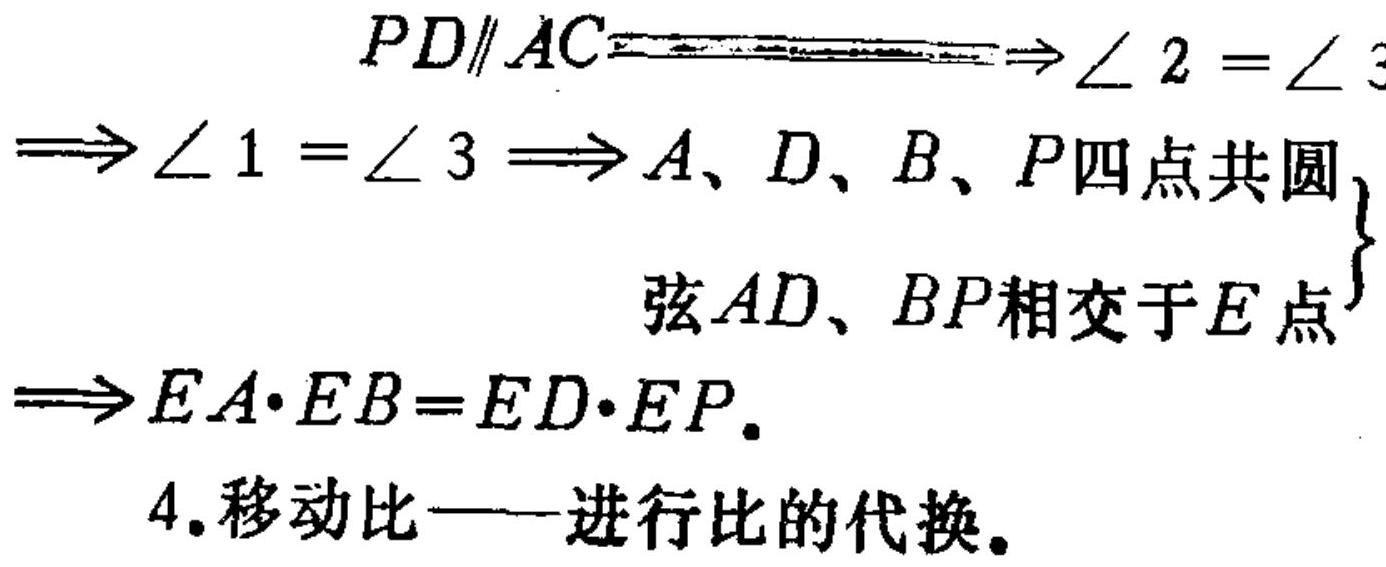
\(PD\parallel AC\Longrightarrow\angle 2 = \angle 3\)
\(\Longrightarrow\angle 1 = \angle 3\Longrightarrow A、D、B、P四点共圆\)
\(\left.\begin{array}{l}弦AD、BP相交于E点\end{array}\right\}\)
\(\Longrightarrow EA\cdot EB = ED\cdot EP.\)
4.移动比——进行比的代换。